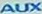
AUX